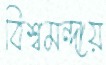
বিশ্বমন্দায়